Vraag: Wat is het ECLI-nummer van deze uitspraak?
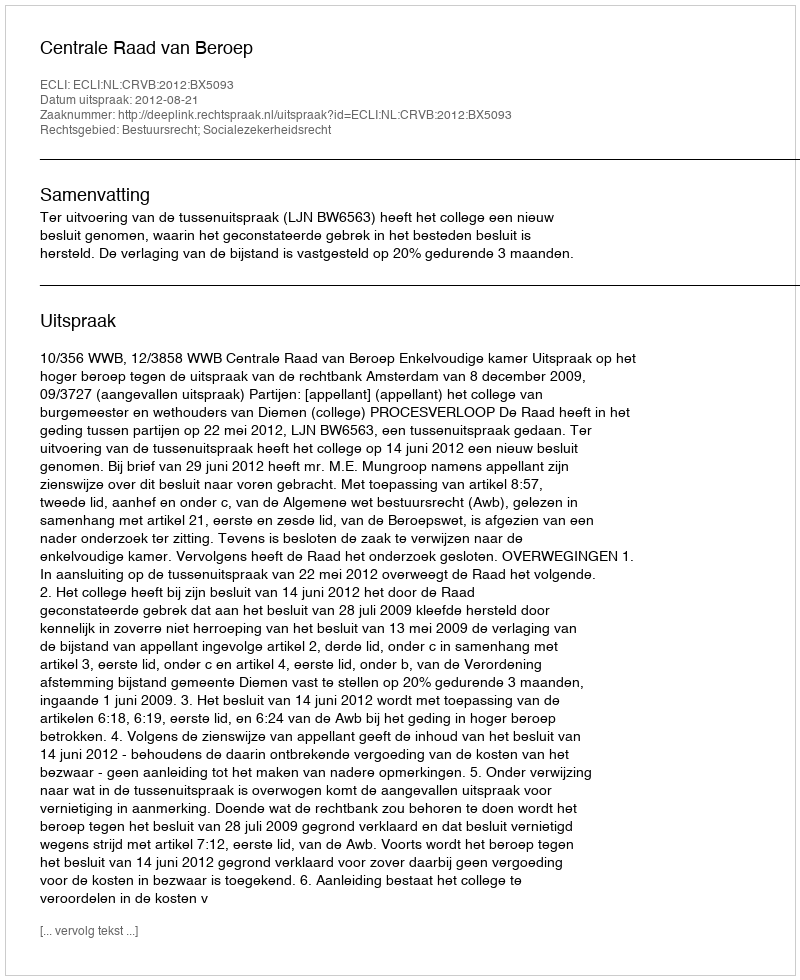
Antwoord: ECLI:NL:CRVB:2012:BX5093